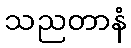
သညတာနံ